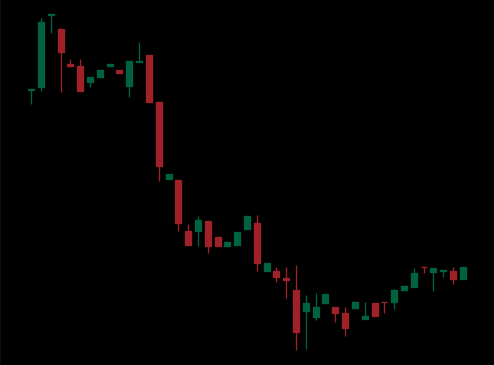
Pattern: bull_flag